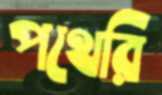
পথেরি